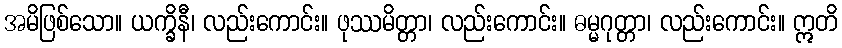
အမိဖြစ်သော။ ယက္ခိနီ၊ လည်းကောင်း။ ဖုဿမိတ္တာ၊ လည်းကောင်း။ ဓမ္မဂုတ္တာ၊ လည်းကောင်း။ ဣတိ